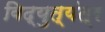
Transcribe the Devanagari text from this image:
विद्युत्‌यंत्र